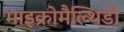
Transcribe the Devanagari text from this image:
माइक्रोमैल्थिडी